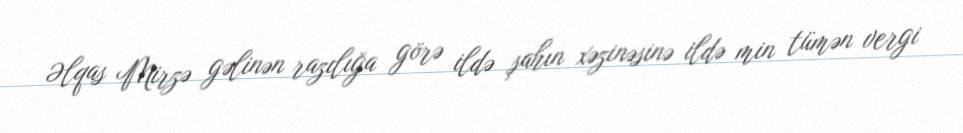
Əlqas Mirzə gəlinən razılığa görə ildə şahın xəzinəsinə ildə min tümən vergi